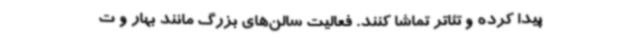
پیدا کرده و تئاتر تماشا کنند. فعالیت سالن‌های بزرگ مانند بهار و ت